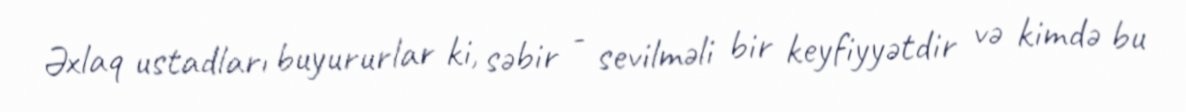
Əxlaq ustadları buyururlar ki, səbir - sevilməli bir keyfiyyətdir və kimdə bu